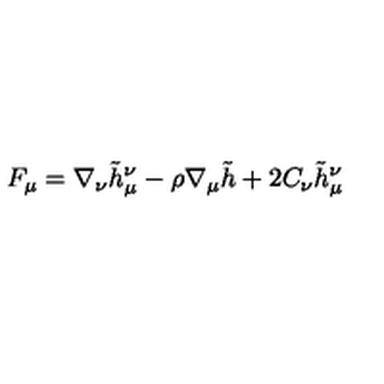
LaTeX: F _ { \mu } = \nabla _ { \nu } \tilde { h } _ { \mu } ^ { \nu } - \rho \nabla _ { \mu } \tilde { h } + 2 C _ { \nu } \tilde { h } _ { \mu } ^ { \nu }